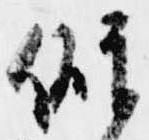
僻